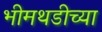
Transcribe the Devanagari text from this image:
भीमथडीच्या